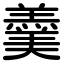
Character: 羹